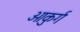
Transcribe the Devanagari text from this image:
ओकुर्ग